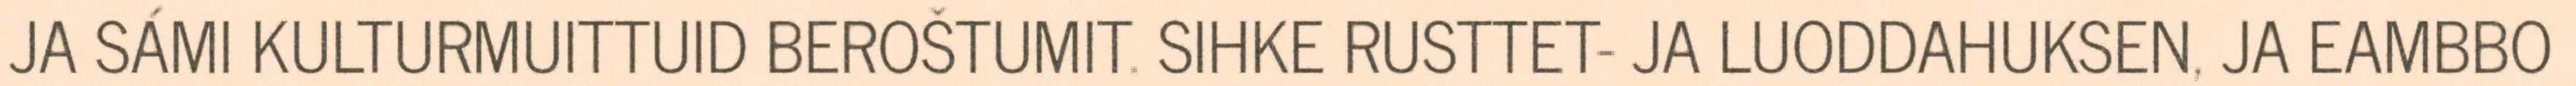
JA SÁMI KULTURMUITTUID BEROŠTUMIT. SIHKE RUSTTET- JA LUODDAHUKSEN, JA EAMBBO